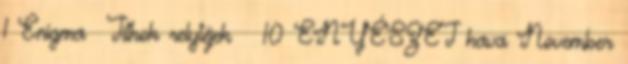
1 Enigma Titkok relytéjek 10 ENYÉSZET hava November